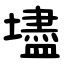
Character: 壗